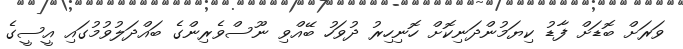
ވަރަށް ބޮޑަށް ފާޑު ކިޔަމުންދަނިކޮށް ހޮނިހިރު ދުވަހު ބޭއްވި ނޫސްވެރިންގެ ބައްދަލުވުމުގައި އީސީގެ